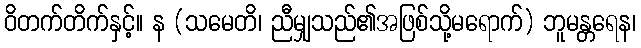
ဝိတက်တိက်နှင့်။ န (သမေတိ၊ ညီမျှသည်၏အဖြစ်သို့မရောက်) ဘူမန္တရေန၊